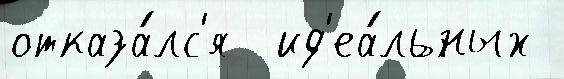
отказа́лс'я  ид'еа́льных